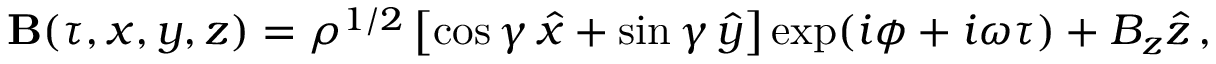
\begin{array} { r } { { \bf B } ( \tau , x , y , z ) = \rho ^ { 1 / 2 } \left[ \cos \gamma \, \hat { x } + \sin \gamma \, \hat { y } \right] \exp ( i \phi + i \omega \tau ) + B _ { z } \hat { z } \, , } \end{array}